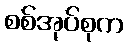
စစ်အုပ်စုက